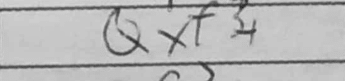
Transcription: Qxf3+